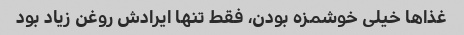
غذاها خیلی خوشمزه بودن، فقط تنها ایرادش روغن زیاد بود